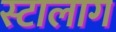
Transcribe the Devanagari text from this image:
स्टालाग